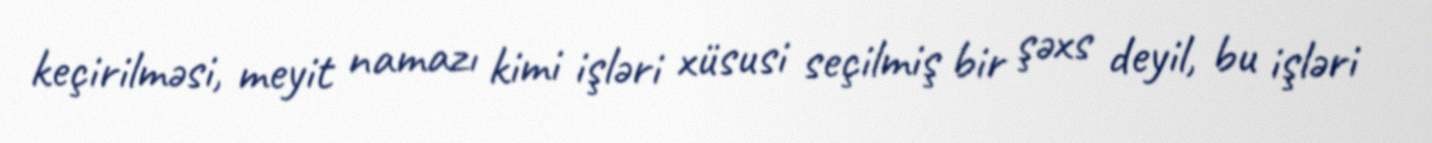
keçirilməsi, meyit namazı kimi işləri xüsusi seçilmiş bir şəxs deyil, bu işləri